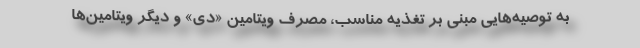
به توصیه‌هایی مبنی بر تغذیه مناسب، مصرف ویتامین «دی» و دیگر ویتامین‌ها